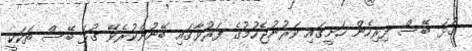
ގުޅަ ބޭސް ފިރިހެން ހަށީގައި ވަރުނުޖެހުމުގެ ފަރުވާގައި ބޭނުންކުރެވޭ ގުޅަ ބޭސް ތަކަކީ